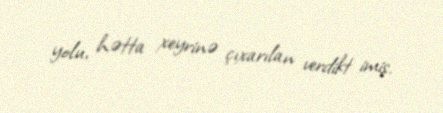
yolu, hətta xeyrinə çıxarılan verdikt imiş.